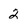
Character: 2